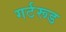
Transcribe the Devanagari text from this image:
गर्टरूड